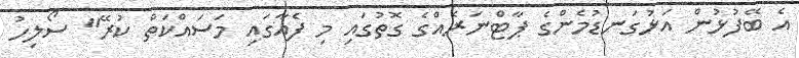
އެ ބޭފުޅުން އަޅުގަނޑުމެންގެ ޕާޓްނަރެއްގެ ގޮތުގައި މި ފެއާގައި މަސައްކަތް ކުރޭ" ސޯލިހު